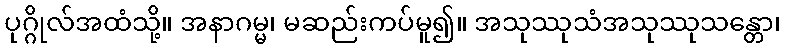
ပုဂ္ဂိုလ်အထံသို့။ အနာဂမ္မ၊ မဆည်းကပ်မူ၍။ အသုဿုသံအသုဿုသန္တော၊